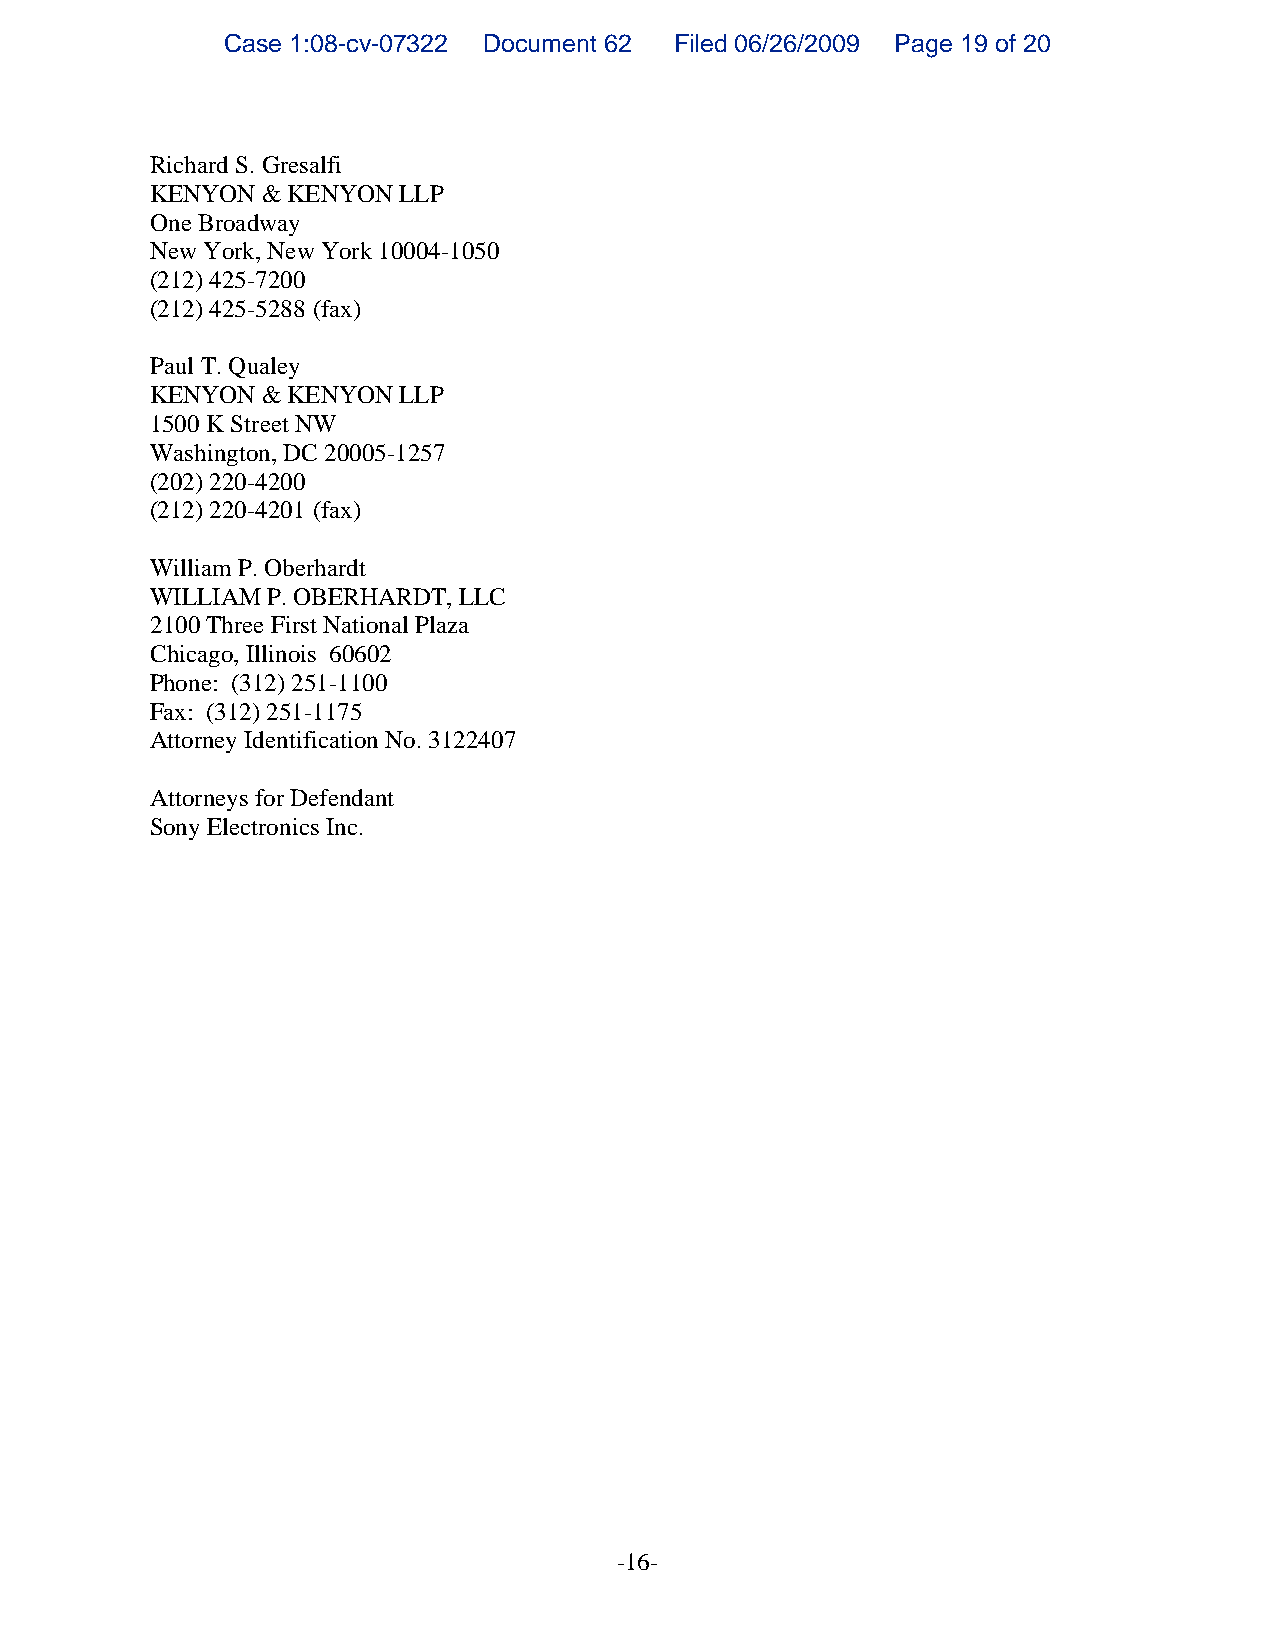
Case 1:08-cv-07322 Document 62 Filed 06/26/2009 Page 19 of 20
 Richard S. Gresalfi
 KENYON & KENYON LLP
 One Broadway
 New York, New York 10004-1050
 (212) 425-7200
 (212) 425-5288 (fax)
 Paul T. Qualey
 KENYON & KENYON LLP
 1500 K Street NW
 Washington, DC 20005-1257
 (202) 220-4200
 (212) 220-4201 (fax)
 William P. Oberhardt
 WILLIAM P. OBERHARDT, LLC
 2100 Three First National Plaza
 Chicago, Illinois 60602
 Phone: (312) 251-1100
 Fax: (312) 251-1175
 Attorney Identification No. 3122407
 Attorneys for Defendant
 Sony Electronics Inc.
 -16-